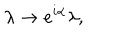
LaTeX: \lambda \rightarrow e ^ { i \alpha } \lambda ,